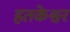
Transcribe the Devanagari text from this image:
हतकेश्वर